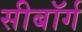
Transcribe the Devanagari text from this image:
सीबॉर्ग